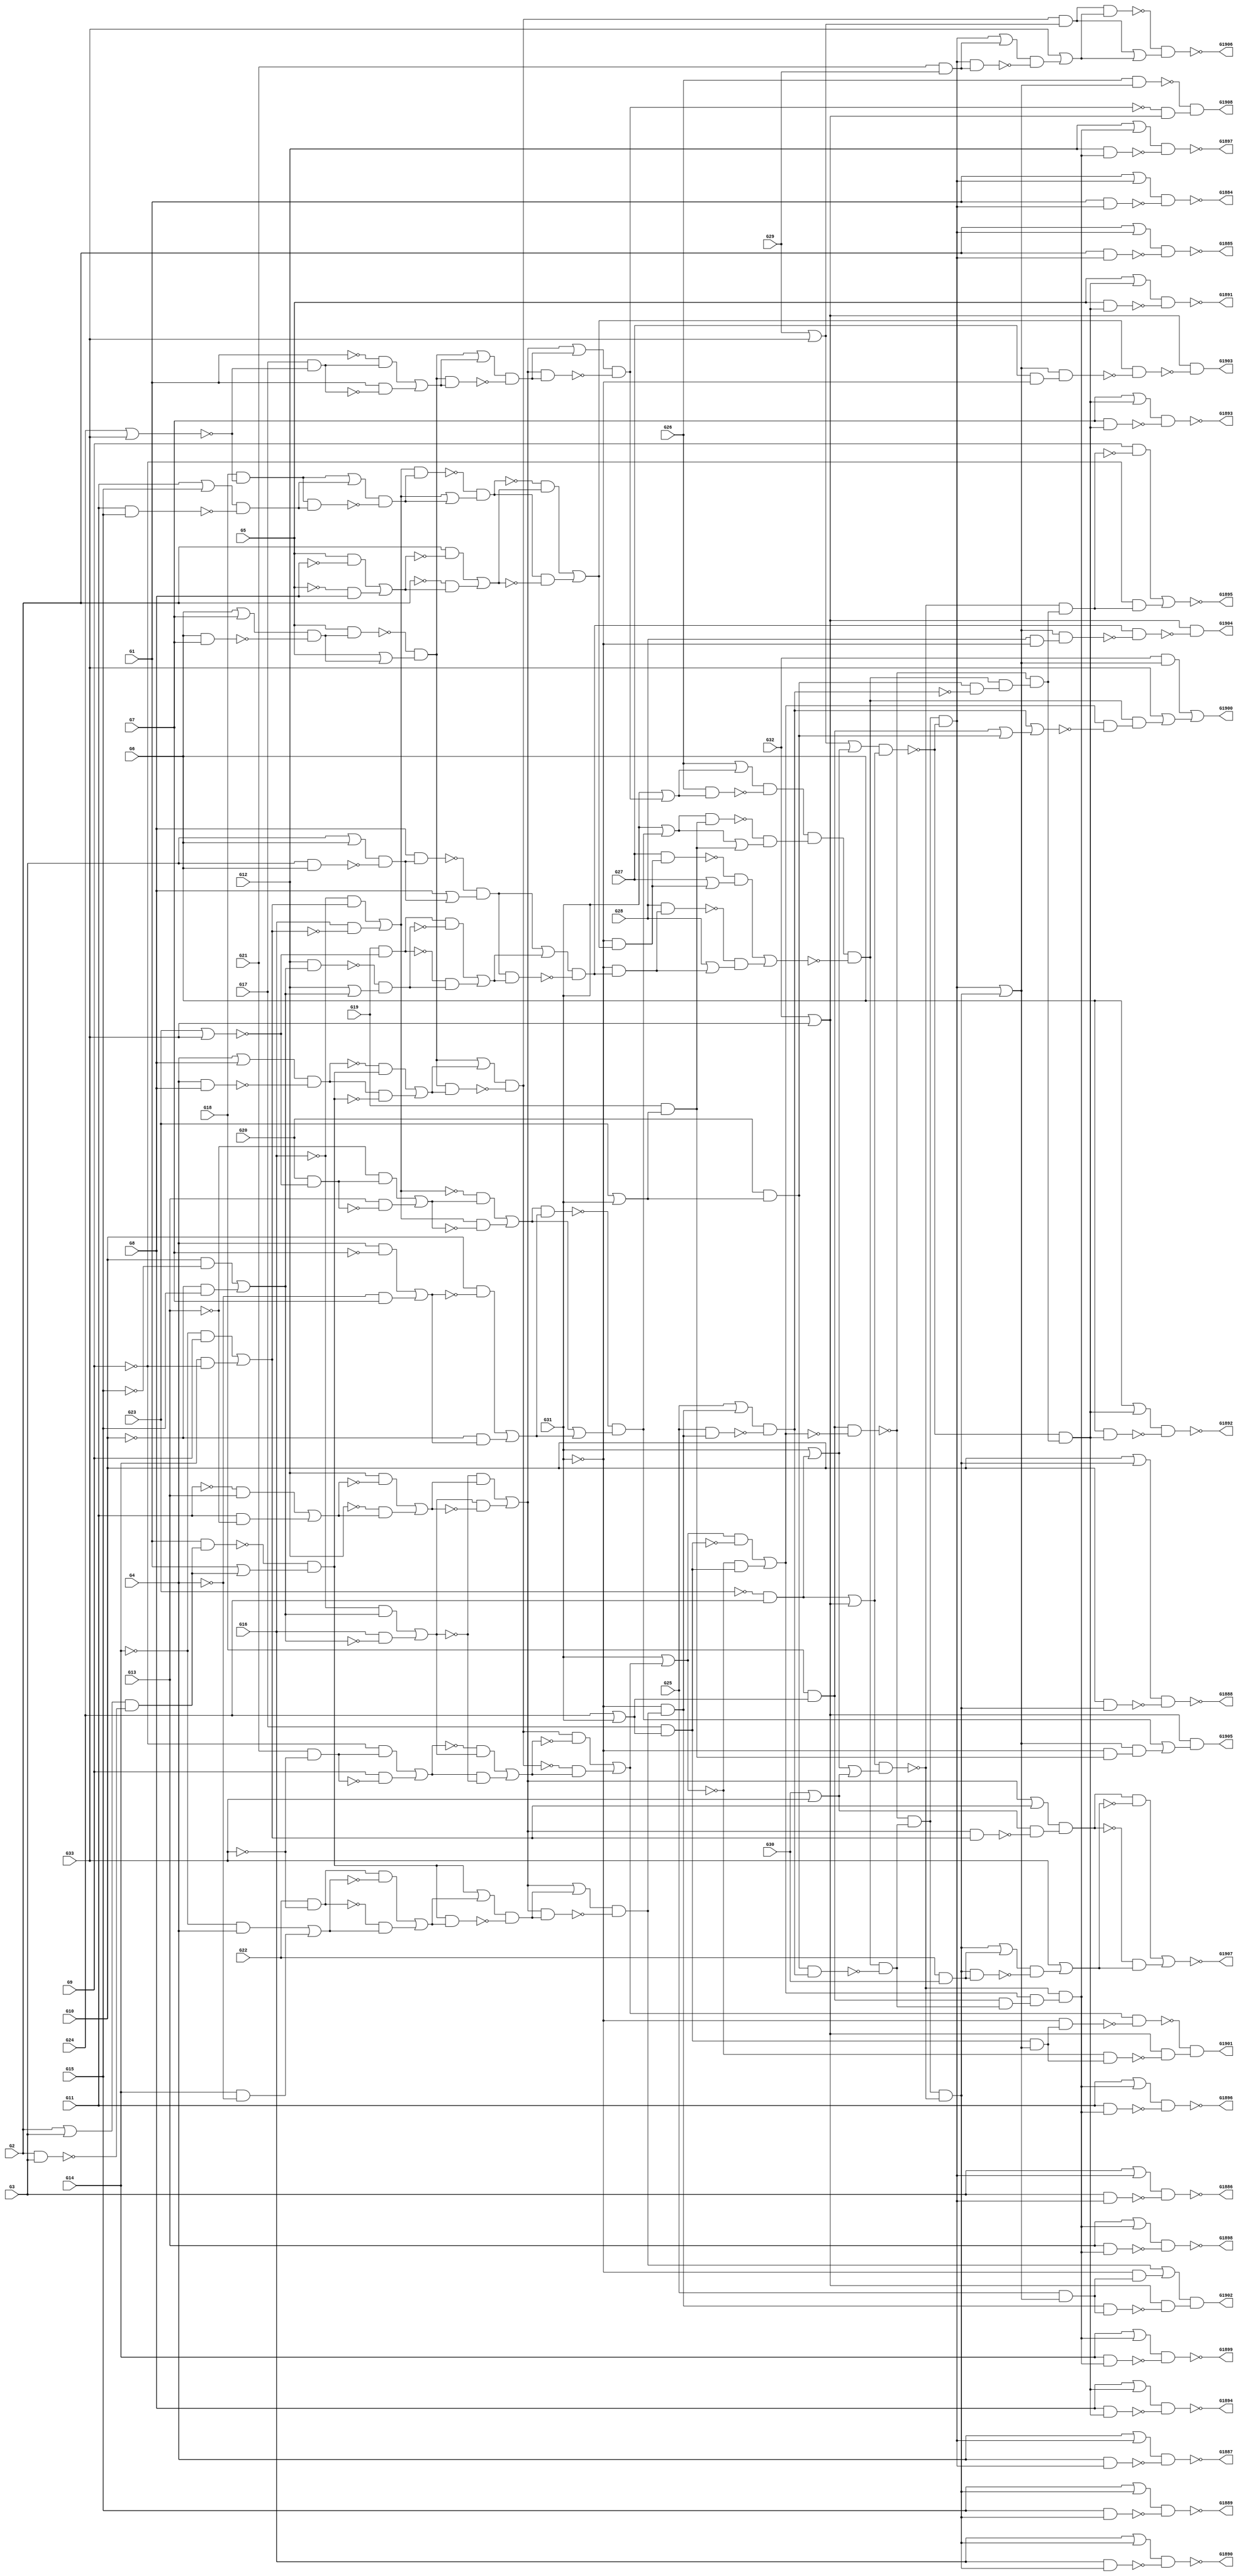
module top( G1 , G10 , G11 , G12 , G13 , G14 , G15 , G16 , G17 , G18 , G19 , G2 , G20 , G21 , G22 , G23 , G24 , G25 , G26 , G27 , G28 , G29 , G3 , G30 , G31 , G32 , G33 , G4 , G5 , G6 , G7 , G8 , G9 , G1884 , G1885 , G1886 , G1887 , G1888 , G1889 , G1890 , G1891 , G1892 , G1893 , G1894 , G1895 , G1896 , G1897 , G1898 , G1899 , G1900 , G1901 , G1902 , G1903 , G1904 , G1905 , G1906 , G1907 , G1908 );
  input G1 , G10 , G11 , G12 , G13 , G14 , G15 , G16 , G17 , G18 , G19 , G2 , G20 , G21 , G22 , G23 , G24 , G25 , G26 , G27 , G28 , G29 , G3 , G30 , G31 , G32 , G33 , G4 , G5 , G6 , G7 , G8 , G9 ;
  output G1884 , G1885 , G1886 , G1887 , G1888 , G1889 , G1890 , G1891 , G1892 , G1893 , G1894 , G1895 , G1896 , G1897 , G1898 , G1899 , G1900 , G1901 , G1902 , G1903 , G1904 , G1905 , G1906 , G1907 , G1908 ;
  wire n34 , n35 , n36 , n37 , n38 , n39 , n40 , n41 , n42 , n43 , n44 , n45 , n46 , n47 , n48 , n49 , n50 , n51 , n52 , n53 , n54 , n55 , n56 , n57 , n58 , n59 , n60 , n61 , n62 , n63 , n64 , n65 , n66 , n67 , n68 , n69 , n70 , n71 , n72 , n73 , n74 , n75 , n76 , n77 , n78 , n79 , n80 , n81 , n82 , n83 , n84 , n85 , n86 , n87 , n88 , n89 , n90 , n91 , n92 , n93 , n94 , n95 , n96 , n97 , n98 , n99 , n100 , n101 , n102 , n103 , n104 , n105 , n106 , n107 , n108 , n109 , n110 , n111 , n112 , n113 , n114 , n115 , n116 , n117 , n118 , n119 , n120 , n121 , n122 , n123 , n124 , n125 , n126 , n127 , n128 , n129 , n130 , n131 , n132 , n133 , n134 , n135 , n136 , n137 , n138 , n139 , n140 , n141 , n142 , n143 , n144 , n145 , n146 , n147 , n148 , n149 , n150 , n151 , n152 , n153 , n154 , n155 , n156 , n157 , n158 , n159 , n160 , n161 , n162 , n163 , n164 , n165 , n166 , n167 , n168 , n169 , n170 , n171 , n172 , n173 , n174 , n175 , n176 , n177 , n178 , n179 , n180 , n181 , n182 , n183 , n184 , n185 , n186 , n187 , n188 , n189 , n190 , n191 , n192 , n193 , n194 , n195 , n196 , n197 , n198 , n199 , n200 , n201 , n202 , n203 , n204 , n205 , n206 , n207 , n208 , n209 , n210 , n211 , n212 , n213 , n214 , n215 , n216 , n217 , n218 , n219 , n220 , n221 , n222 , n223 , n224 , n225 , n226 , n227 , n228 , n229 , n230 , n231 , n232 , n233 , n234 , n235 , n236 , n237 , n238 , n239 , n240 , n241 , n242 , n243 , n244 , n245 , n246 , n247 , n248 , n249 , n250 , n251 , n252 , n253 , n254 , n255 , n256 , n257 , n258 , n259 , n260 , n261 , n262 , n263 , n264 , n265 , n266 , n267 , n268 , n269 , n270 , n271 , n272 , n273 , n274 , n275 , n276 , n277 , n278 , n279 , n280 , n281 , n282 , n283 , n284 , n285 , n286 , n287 , n288 , n289 , n290 , n291 , n292 , n293 , n294 , n295 , n296 , n297 , n298 , n299 , n300 , n301 , n302 , n303 , n304 , n305 , n306 , n307 , n308 , n309 , n310 , n311 , n312 , n313 , n314 , n315 , n316 , n317 , n318 , n319 , n320 , n321 , n322 ;
  assign n34 = G24 | G31 ;
  assign n35 = G18 & n34 ;
  assign n36 = G6 | G7 ;
  assign n37 = G6 & G7 ;
  assign n38 = n36 & ~n37 ;
  assign n39 = G5 & n38 ;
  assign n40 = G5 | n38 ;
  assign n41 = ~n39 & n40 ;
  assign n42 = G4 | G8 ;
  assign n43 = G4 & G8 ;
  assign n44 = n42 & ~n43 ;
  assign n45 = G2 | G3 ;
  assign n46 = G2 & G3 ;
  assign n47 = n45 & ~n46 ;
  assign n48 = G1 & n47 ;
  assign n49 = G1 | n47 ;
  assign n50 = ~n48 & n49 ;
  assign n51 = ~n44 & n50 ;
  assign n52 = n44 & ~n50 ;
  assign n53 = n51 | n52 ;
  assign n54 = n41 | n53 ;
  assign n55 = n41 & n53 ;
  assign n56 = n54 & ~n55 ;
  assign n57 = G21 & ~G33 ;
  assign n58 = ~G9 & n57 ;
  assign n59 = G9 & ~n57 ;
  assign n60 = n58 | n59 ;
  assign n61 = G10 & ~G15 ;
  assign n62 = ~G10 & G15 ;
  assign n63 = n61 | n62 ;
  assign n64 = ~G16 & n63 ;
  assign n65 = G16 & ~n63 ;
  assign n66 = n64 | n65 ;
  assign n67 = ~n60 & n66 ;
  assign n68 = n60 & ~n66 ;
  assign n69 = n67 | n68 ;
  assign n70 = n56 & ~n69 ;
  assign n71 = ~n56 & n69 ;
  assign n72 = n70 | n71 ;
  assign n73 = G31 | n72 ;
  assign n74 = G17 & n34 ;
  assign n75 = n73 & ~n74 ;
  assign n76 = ~n73 & n74 ;
  assign n77 = n75 | n76 ;
  assign n78 = n35 & ~n77 ;
  assign n79 = ~G11 & G13 ;
  assign n80 = G11 & ~G13 ;
  assign n81 = n79 | n80 ;
  assign n82 = G12 & ~n81 ;
  assign n83 = ~G12 & n81 ;
  assign n84 = n82 | n83 ;
  assign n85 = ~n66 & n84 ;
  assign n86 = n66 & ~n84 ;
  assign n87 = n85 | n86 ;
  assign n88 = G24 | G33 ;
  assign n89 = G17 & ~n88 ;
  assign n90 = ~G1 & n89 ;
  assign n91 = G1 & ~n89 ;
  assign n92 = n90 | n91 ;
  assign n93 = n41 | n92 ;
  assign n94 = n41 & n92 ;
  assign n95 = n93 & ~n94 ;
  assign n96 = n87 | n95 ;
  assign n97 = n87 & n95 ;
  assign n98 = n96 & ~n97 ;
  assign n99 = G31 | n98 ;
  assign n100 = G26 | n99 ;
  assign n101 = G26 & n99 ;
  assign n102 = n100 & ~n101 ;
  assign n103 = ~G14 & G9 ;
  assign n104 = G14 & ~G9 ;
  assign n105 = n103 | n104 ;
  assign n106 = ~G16 & n105 ;
  assign n107 = G16 & ~n105 ;
  assign n108 = n106 | n107 ;
  assign n109 = G23 | G33 ;
  assign n110 = G20 & ~n109 ;
  assign n111 = ~G13 & n110 ;
  assign n112 = G13 & ~n110 ;
  assign n113 = n111 | n112 ;
  assign n114 = ~n108 & n113 ;
  assign n115 = n108 & ~n113 ;
  assign n116 = n114 | n115 ;
  assign n117 = G4 & ~G7 ;
  assign n118 = ~G4 & G7 ;
  assign n119 = n117 | n118 ;
  assign n120 = G10 & ~n119 ;
  assign n121 = ~G10 & n119 ;
  assign n122 = n120 | n121 ;
  assign n123 = n116 & n122 ;
  assign n124 = n116 | n122 ;
  assign n125 = ~n123 & n124 ;
  assign n126 = G31 | n125 ;
  assign n127 = G23 | G31 ;
  assign n128 = G19 & n127 ;
  assign n129 = n126 & n128 ;
  assign n130 = n126 | n128 ;
  assign n131 = ~n129 & n130 ;
  assign n132 = n102 & n131 ;
  assign n133 = G18 & ~n88 ;
  assign n134 = G11 | G15 ;
  assign n135 = G11 & G15 ;
  assign n136 = n134 & ~n135 ;
  assign n137 = n133 | n136 ;
  assign n138 = n133 & n136 ;
  assign n139 = n137 & ~n138 ;
  assign n140 = n108 & n139 ;
  assign n141 = n108 | n139 ;
  assign n142 = ~n140 & n141 ;
  assign n143 = G5 & ~G8 ;
  assign n144 = ~G5 & G8 ;
  assign n145 = n143 | n144 ;
  assign n146 = G2 & ~n145 ;
  assign n147 = ~G2 & n145 ;
  assign n148 = n146 | n147 ;
  assign n149 = ~n142 & n148 ;
  assign n150 = n142 & ~n148 ;
  assign n151 = n149 | n150 ;
  assign n152 = ~G31 & n151 ;
  assign n153 = G27 & n152 ;
  assign n154 = G27 | n152 ;
  assign n155 = ~n153 & n154 ;
  assign n156 = G3 | G6 ;
  assign n157 = G3 & G6 ;
  assign n158 = n156 & ~n157 ;
  assign n159 = G8 & n158 ;
  assign n160 = G8 | n158 ;
  assign n161 = ~n159 & n160 ;
  assign n162 = G19 & ~n109 ;
  assign n163 = G12 & n63 ;
  assign n164 = G12 | n63 ;
  assign n165 = ~n163 & n164 ;
  assign n166 = n162 & ~n165 ;
  assign n167 = ~n162 & n165 ;
  assign n168 = n166 | n167 ;
  assign n169 = n161 | n168 ;
  assign n170 = n161 & n168 ;
  assign n171 = n169 & ~n170 ;
  assign n172 = ~G31 & n171 ;
  assign n173 = G28 & n172 ;
  assign n174 = G28 | n172 ;
  assign n175 = ~n173 & n174 ;
  assign n176 = n155 | n175 ;
  assign n177 = n132 & ~n176 ;
  assign n178 = G20 & n127 ;
  assign n179 = G22 & ~G33 ;
  assign n180 = ~G14 & G4 ;
  assign n181 = G14 & ~G4 ;
  assign n182 = n180 | n181 ;
  assign n183 = n179 & ~n182 ;
  assign n184 = ~n179 & n182 ;
  assign n185 = n183 | n184 ;
  assign n186 = n50 | n185 ;
  assign n187 = n50 & n185 ;
  assign n188 = n186 & ~n187 ;
  assign n189 = n87 | n188 ;
  assign n190 = n87 & n188 ;
  assign n191 = n189 & ~n190 ;
  assign n192 = ~G31 & n191 ;
  assign n193 = G25 | n192 ;
  assign n194 = G25 & n192 ;
  assign n195 = n193 & ~n194 ;
  assign n196 = n178 & n195 ;
  assign n197 = n177 & ~n196 ;
  assign n198 = ~n78 & n197 ;
  assign n199 = G29 | G33 ;
  assign n200 = ~G23 & G24 ;
  assign n201 = G31 | n200 ;
  assign n202 = n199 | n201 ;
  assign n203 = G32 | G33 ;
  assign n204 = n200 | n203 ;
  assign n205 = n202 & n204 ;
  assign n206 = n198 & ~n205 ;
  assign n207 = G1 | n206 ;
  assign n208 = G1 & n206 ;
  assign n209 = n207 & ~n208 ;
  assign n210 = G2 | n206 ;
  assign n211 = G2 & n206 ;
  assign n212 = n210 & ~n211 ;
  assign n213 = G3 | n206 ;
  assign n214 = G3 & n206 ;
  assign n215 = n213 & ~n214 ;
  assign n216 = G4 | n206 ;
  assign n217 = G4 & n206 ;
  assign n218 = n216 & ~n217 ;
  assign n219 = G30 | G33 ;
  assign n220 = n201 | n219 ;
  assign n221 = n204 & n220 ;
  assign n222 = n198 & ~n221 ;
  assign n223 = G10 | n222 ;
  assign n224 = G10 & n222 ;
  assign n225 = n223 & ~n224 ;
  assign n226 = G15 | n222 ;
  assign n227 = G15 & n222 ;
  assign n228 = n226 & ~n227 ;
  assign n229 = G16 | n222 ;
  assign n230 = G16 & n222 ;
  assign n231 = n229 & ~n230 ;
  assign n232 = n178 & ~n195 ;
  assign n233 = n177 & n232 ;
  assign n234 = ~n78 & n233 ;
  assign n235 = ~n205 & n234 ;
  assign n236 = G5 | n235 ;
  assign n237 = G5 & n235 ;
  assign n238 = n236 & ~n237 ;
  assign n239 = G6 | n235 ;
  assign n240 = G6 & n235 ;
  assign n241 = n239 & ~n240 ;
  assign n242 = G7 | n235 ;
  assign n243 = G7 & n235 ;
  assign n244 = n242 & ~n243 ;
  assign n245 = G8 | n235 ;
  assign n246 = G8 & n235 ;
  assign n247 = n245 & ~n246 ;
  assign n248 = ~n221 & n234 ;
  assign n249 = G9 & ~n248 ;
  assign n250 = ~G9 & n248 ;
  assign n251 = n249 | n250 ;
  assign n252 = n35 & n197 ;
  assign n253 = n77 & n252 ;
  assign n254 = ~n221 & n253 ;
  assign n255 = G11 | n254 ;
  assign n256 = G11 & n254 ;
  assign n257 = n255 & ~n256 ;
  assign n258 = G12 | n254 ;
  assign n259 = G12 & n254 ;
  assign n260 = n258 & ~n259 ;
  assign n261 = G13 | n254 ;
  assign n262 = G13 & n254 ;
  assign n263 = n261 & ~n262 ;
  assign n264 = G14 | n254 ;
  assign n265 = G14 & n254 ;
  assign n266 = n264 & ~n265 ;
  assign n267 = n206 | n222 ;
  assign n268 = G32 & n267 ;
  assign n269 = n35 | n178 ;
  assign n270 = n195 | n269 ;
  assign n271 = n77 & ~n270 ;
  assign n272 = n177 & n271 ;
  assign n273 = G33 | n272 ;
  assign n274 = n268 | n273 ;
  assign n275 = n74 & n267 ;
  assign n276 = ~G31 & n275 ;
  assign n277 = n72 & ~n276 ;
  assign n278 = ~n73 & n275 ;
  assign n279 = n203 & ~n278 ;
  assign n280 = ~n277 & n279 ;
  assign n281 = G25 & n267 ;
  assign n282 = ~G31 & n281 ;
  assign n283 = n191 | n282 ;
  assign n284 = n192 & n281 ;
  assign n285 = n203 & ~n284 ;
  assign n286 = n283 & n285 ;
  assign n287 = G27 & ~G31 ;
  assign n288 = n267 & n287 ;
  assign n289 = n151 & ~n288 ;
  assign n290 = n203 & ~n289 ;
  assign n291 = G28 & ~G31 ;
  assign n292 = n267 & n291 ;
  assign n293 = n171 & ~n292 ;
  assign n294 = n203 & ~n293 ;
  assign n295 = ~G31 & n128 ;
  assign n296 = n267 & n295 ;
  assign n297 = n125 | n296 ;
  assign n298 = n203 & n297 ;
  assign n299 = n56 & n199 ;
  assign n300 = G21 & G29 ;
  assign n301 = n206 | n300 ;
  assign n302 = n206 & n300 ;
  assign n303 = n301 & ~n302 ;
  assign n304 = G33 | n303 ;
  assign n305 = n299 & n304 ;
  assign n306 = n299 | n304 ;
  assign n307 = ~n305 & n306 ;
  assign n308 = n87 | n105 ;
  assign n309 = n87 & n105 ;
  assign n310 = n219 & ~n309 ;
  assign n311 = n308 & n310 ;
  assign n312 = G22 & G30 ;
  assign n313 = n222 | n312 ;
  assign n314 = n222 & n312 ;
  assign n315 = n313 & ~n314 ;
  assign n316 = G33 | n315 ;
  assign n317 = n311 & ~n316 ;
  assign n318 = ~n311 & n316 ;
  assign n319 = n317 | n318 ;
  assign n320 = G26 & n267 ;
  assign n321 = ~n98 & n203 ;
  assign n322 = ~n320 & n321 ;
  assign G1884 = ~n209 ;
  assign G1885 = ~n212 ;
  assign G1886 = ~n215 ;
  assign G1887 = ~n218 ;
  assign G1888 = ~n225 ;
  assign G1889 = ~n228 ;
  assign G1890 = ~n231 ;
  assign G1891 = ~n238 ;
  assign G1892 = ~n241 ;
  assign G1893 = ~n244 ;
  assign G1894 = ~n247 ;
  assign G1895 = ~n251 ;
  assign G1896 = ~n257 ;
  assign G1897 = ~n260 ;
  assign G1898 = ~n263 ;
  assign G1899 = ~n266 ;
  assign G1900 = n274 ;
  assign G1901 = n280 ;
  assign G1902 = n286 ;
  assign G1903 = n290 ;
  assign G1904 = n294 ;
  assign G1905 = n298 ;
  assign G1906 = ~n307 ;
  assign G1907 = ~n319 ;
  assign G1908 = n322 ;
endmodule